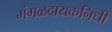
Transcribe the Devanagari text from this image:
मंगळदायकनिधी